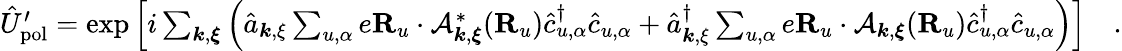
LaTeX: \begin{array}{r}{\hat{U}_{\mathrm{pol}}^{\prime}=\exp\Big[i\sum_{{\boldsymbol k},{\boldsymbol\xi}}\Big(\hat{a}_{{\boldsymbol k},{\mathbf\xi}}\sum_{u,\alpha}e{\mathbf R}_{u}\cdot\mathcal{A}_{{\boldsymbol k},{\boldsymbol\xi}}^{*}({\mathbf R}_{u})\hat{c}_{u,\alpha}^{\dagger}\hat{c}_{u,\alpha}+\hat{a}_{{\boldsymbol k},{\mathbf\xi}}^{\dagger}\sum_{u,\alpha}e{\mathbf R}_{u}\cdot\mathcal{A}_{{\boldsymbol k},{\boldsymbol\xi}}({\mathbf R}_{u})\hat{c}_{u,\alpha}^{\dagger}\hat{c}_{u,\alpha}\Big)\Big]~~~~.}\end{array}